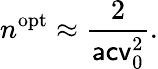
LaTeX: n^{\mathrm{opt}}\approx\frac{2}{\mathsf{acv}_{0}^{2}}.